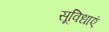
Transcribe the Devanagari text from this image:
सूविधाएं